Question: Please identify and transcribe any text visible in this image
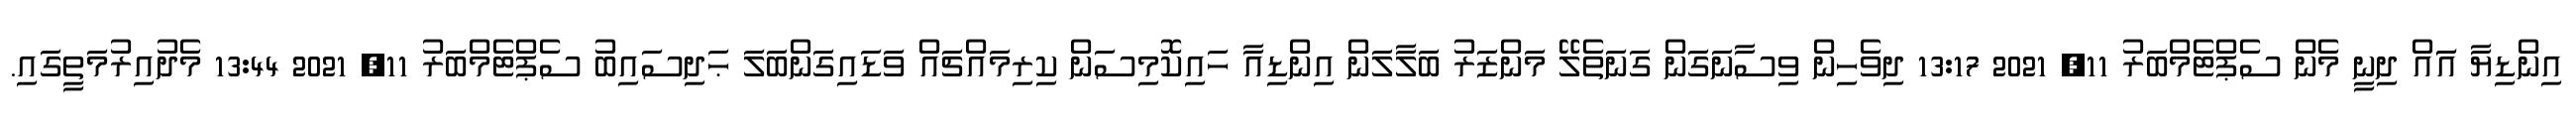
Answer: އިންޑިޔާ އަައް ދިނީ މެން ސެޕްޓެމްބަރު 11, 2021 13:17 ދިވެހިން ވިސާނަގަން ގަނަތެލޭ މަންޒަރު ބަލާލަން އިންޑިއާ ހައިކޮމިސަން ކިރިމައްޗައް ވަޑައިގަންބަލަ ޙަދިސައިބު ސެޕްޓެމްބަރު 11, 2021 13:44 މެދުއިރުމަތީގައި.